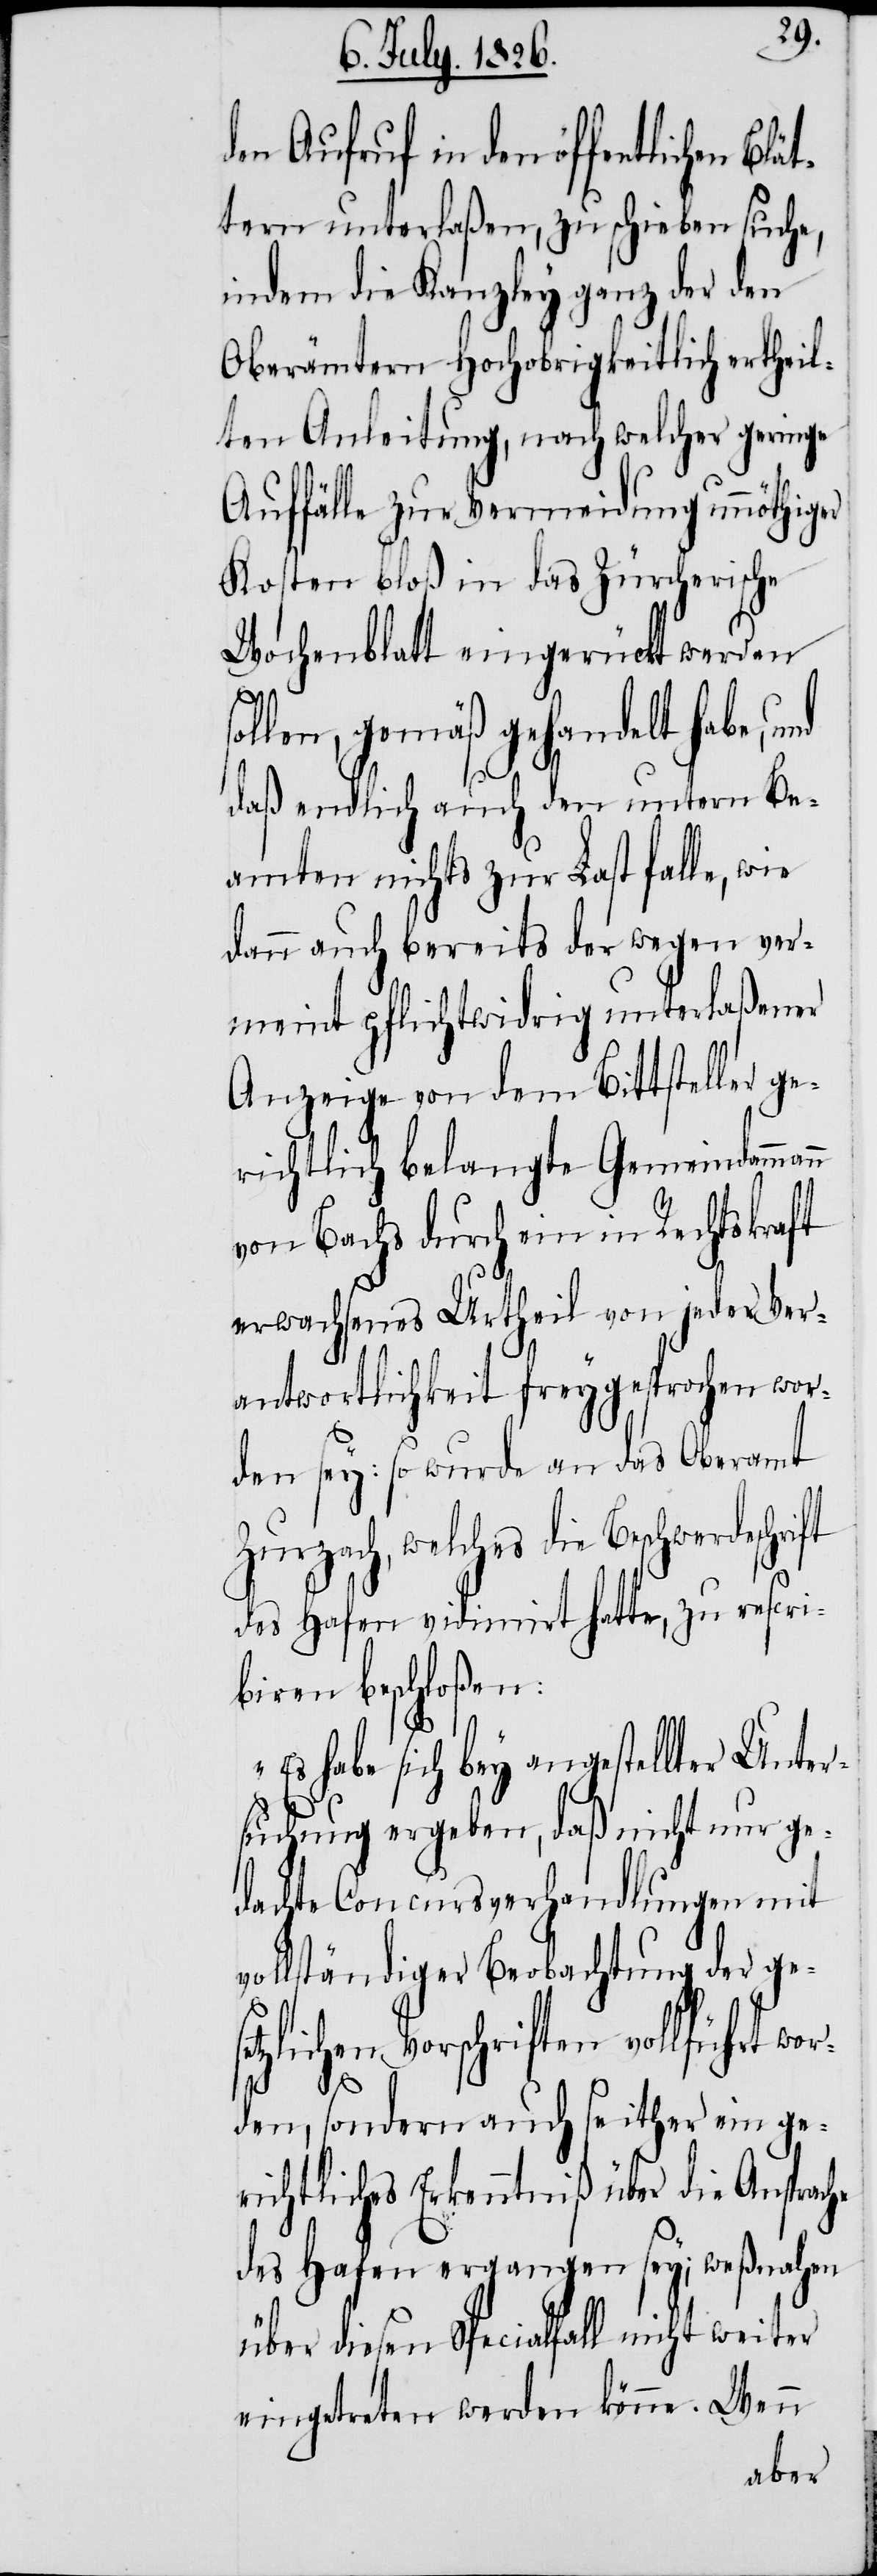
den Aufruf in den öffentlichen Blä¬
tern unterlaßen, zu schieben suche,
indem die Kanzley ganz der den
Oberämtern Hochobrigkeitlich ertheil¬
ten Anleitung, nach welcher geringe
Auffälle zur Vermeidung unnöthiger
Kosten bloß in das Zürcherische
Wochenblatt eingerückt werden
ollen, gemäß gehandelt habe, und
nn
daß endlich auch den untern Be¬
amten nichts zur Last falle, wie
dann auch bereits der wegen ver¬
meint pflichtwidrig unterlaßener
Anzeige von dem Bittsteller ge¬
richtlich belangte Gemeindamma¬
von Bachs durch ein in Rechtskraft
erwachsenes Urtheil von jeder Ver¬
antwortlichkeit freygesprochen wor¬
den sey: so wurde an das Oberamt
Zurzach, welches die Beschwerdesch¬
des Hafen vidimirt hatte, zu rescri¬
biren beschloßen:
habe sich bey angestellter Unte¬
rsuchung ergeben, daß nicht nur ge¬
dachte Concursverhandlungen mit
vollständiger Beobachtung der g¬
zlichen Vorschriften vollführt wo¬
rden, sondern auch seither ein ge¬
richtliches Erkenntniß über die Ansprache
des Hafen ergangen sey; weßnahen
weiter
über diesen Speciallfal¬
eingetreten werden könne. Wenn
l